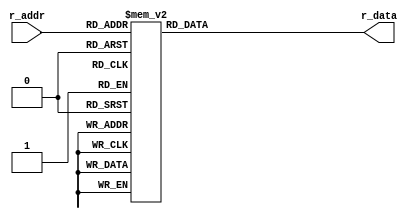
module async_rom_case
  ( input wire [7:0] r_addr,
	 output reg [28:0] r_data
	);

//body
always @*
  case (r_addr)
     8'h00 : r_data = 29'b00000000100001000000010110101; //FETCH
	  8'h01 : r_data = 29'b00000000000001000000010000000;
	  8'h02 : r_data = 29'b01100000000010000000010000000;
	  8'h03 : r_data = 29'b00000000000000100000010000000;
	  8'h04 : r_data = 29'b00000000000000010001011000000;
	  8'h05 : r_data = 29'b00000000000000101000010000000;
	  8'h06 : r_data = 29'b01100000100110000010010000000;
	  8'h07 : r_data = 29'b00010010000010000001111000000;
	  8'h08 : r_data = 29'b10000001111110000001111000000; // MOV ACC,A
	  8'h09 : r_data = 29'b00000000000000000000000000000;
	  8'h0a : r_data = 29'b00000000000000000000000000000;
	  8'h0b : r_data = 29'b00000000000000000000000000000;
	  8'h0c : r_data = 29'b00000000000000000000000000000;
	  8'h0d : r_data = 29'b00000000000000000000000000000;
	  8'h0e : r_data = 29'b00000000000000000000000000000;
	  8'h0f : r_data = 29'b00000000000000000000000000000;
	  8'h10 : r_data = 29'b10000011101110000001111000000; // MOV A, ACC
	  8'h11 : r_data = 29'b00000000000000000000000000000;
	  8'h12 : r_data = 29'b00000000000000000000000000000;
	  8'h13 : r_data = 29'b00000000000000000000000000000;
	  8'h14 : r_data = 29'b00000000000000000000000000000;
	  8'h15 : r_data = 29'b00000000000000000000000000000;
	  8'h16 : r_data = 29'b00000000000000000000000000000;
	  8'h17 : r_data = 29'b00000000000000000000000000000;
	  8'h18 : r_data = 29'b00000000000001000000010000000; // MOV ACC, CTE
	  8'h19 : r_data = 29'b01100000000010000000010000000;
	  8'h1a : r_data = 29'b00000000000000100000010000000;
	  8'h1b : r_data = 29'b00000000011110010001111000000;
	  8'h1c : r_data = 29'b00000000000000000000000000000;
	  8'h1d : r_data = 29'b00000000000000000000000000000;
	  8'h1e : r_data = 29'b00000000000000000000000000000;
	  8'h1f : r_data = 29'b00000000000000000000000000000;
	  8'h20 : r_data = 29'b00000001000001000000010000000; // MOV ACC, [DPTR]
	  8'h21 : r_data = 29'b00000000000000000000010000000;
	  8'h22 : r_data = 29'b00000000000000100000010000000;
	  8'h23 : r_data = 29'b00000000011110010001111000000;
	  8'h24 : r_data = 29'b00000000000000000000000000000;
	  8'h25 : r_data = 29'b00000000000000000000000000000;
	  8'h26 : r_data = 29'b00000000000000000000000000000;
	  8'h27 : r_data = 29'b00000000000000000000000000000;
	  8'h28 : r_data = 29'b10000011101010000001111000000; // MOV DPTR, ACC
	  8'h29 : r_data = 29'b00000000000000000000000000000;
	  8'h2a : r_data = 29'b00000000000000000000000000000;
	  8'h2b : r_data = 29'b00000000000000000000000000000;
	  8'h2c : r_data = 29'b00000000000000000000000000000;
	  8'h2d : r_data = 29'b00000000000000000000000000000;
	  8'h2e : r_data = 29'b00000000000000000000000000000;
	  8'h2f : r_data = 29'b00000000000000000000000000000;
	  8'h30 : r_data = 29'b10000001000001000000010000000; // MOV [DPTR], ACC
	  8'h31 : r_data = 29'b10000011100000100000010000000;
	  8'h32 : r_data = 29'b10000000000000000011111000000;
	  8'h33 : r_data = 29'b00000000000000000000000000000;
	  8'h34 : r_data = 29'b00000000000000000000000000000;
	  8'h35 : r_data = 29'b00000000000000000000000000000;
	  8'h36 : r_data = 29'b00000000000000000000000000000;
	  8'h37 : r_data = 29'b00000000000000000000000000000;
	  8'h38 : r_data = 29'b10010011111110000001111000000; // INV ACC
	  8'h39 : r_data = 29'b00000000000000000000000000000;
	  8'h3a : r_data = 29'b00000000000000000000000000000;
	  8'h3b : r_data = 29'b00000000000000000000000000000;
	  8'h3c : r_data = 29'b00000000000000000000000000000;
	  8'h3d : r_data = 29'b00000000000000000000000000000;
	  8'h3e : r_data = 29'b00000000000000000000000000000;
	  8'h3f : r_data = 29'b00000000000000000000000000000;
	  8'h40 : r_data = 29'b10100001111110000001111000000; // AND ACC, A
	  8'h41 : r_data = 29'b00000000000000000000000000000;
	  8'h42 : r_data = 29'b00000000000000000000000000000;
	  8'h43 : r_data = 29'b00000000000000000000000000000;
	  8'h44 : r_data = 29'b00000000000000000000000000000;
	  8'h45 : r_data = 29'b00000000000000000000000000000;
	  8'h46 : r_data = 29'b00000000000000000000000000000;
	  8'h47 : r_data = 29'b00000000000000000000000000000;
	  8'h48 : r_data = 29'b11010001111110000001111000000; // ADD ACC, A
	  8'h49 : r_data = 29'b00000000000000000000000000000;
	  8'h4a : r_data = 29'b00000000000000000000000000000;
	  8'h4b : r_data = 29'b00000000000000000000000000000;
	  8'h4c : r_data = 29'b00000000000000000000000000000;
	  8'h4d : r_data = 29'b00000000000000000000000000000;
	  8'h4e : r_data = 29'b00000000000000000000000000000;
	  8'h4f : r_data = 29'b00000000000000000000000000000;
	  8'h50 : r_data = 29'b00000000000001000000010001010; // JMP CTE
	  8'h51 : r_data = 29'b01100000000010000001111000000;
	  8'h52 : r_data = 29'b00000000000000000000010000000;
	  8'h53 : r_data = 29'b00000000000000100000010000000;
	  8'h54 : r_data = 29'b00000000000010010001111000000;
	  8'h55 : r_data = 29'b00000000000000000000000000000;
	  8'h56 : r_data = 29'b00000000000000000000000000000;
	  8'h57 : r_data = 29'b00000000000000000000000000000;
	  8'h58 : r_data = 29'b00000000000001000000010010010; // JZ CTE
	  8'h59 : r_data = 29'b01100000000010000001111000000;
	  8'h5a : r_data = 29'b00000000000000000000010000000;
	  8'h5b : r_data = 29'b00000000000000100000010000000;
	  8'h5c : r_data = 29'b00000000000010010001111000000;
	  8'h5d : r_data = 29'b00000000000000000000000000000;
	  8'h5e : r_data = 29'b00000000000000000000000000000;
	  8'h5f : r_data = 29'b00000000000000000000000000000;
	  8'h60 : r_data = 29'b00000000000001000000010011010; // JN CTE
	  8'h61 : r_data = 29'b01100000000010000001111000000;
	  8'h62 : r_data = 29'b00000000000000000000010000000;
	  8'h63 : r_data = 29'b00000000000000100000010000000;
	  8'h64 : r_data = 29'b00000000000010010001111000000;
	  8'h65 : r_data = 29'b00000000000000000000000000000;
	  8'h66 : r_data = 29'b00000000000000000000000000000;
	  8'h67 : r_data = 29'b00000000000000000000000000000;
	  8'h68 : r_data = 29'b00000000000001000000010100010; // JC CTE
	  8'h69 : r_data = 29'b01100000000010000001111000000;
	  8'h6a : r_data = 29'b00000000000000000000010000000;
	  8'h6b : r_data = 29'b00000000000000100000010000000;
	  8'h6c : r_data = 29'b00000000000010010001111000000;
	  8'h6d : r_data = 29'b00000000000000000000000000000;
	  8'h6e : r_data = 29'b00000000000000000000000000000;
	  8'h6f : r_data = 29'b00000000000000000000000000000;
	  8'h70 : r_data = 29'b00000000000001000000010000000; // CALL DIR
	  8'h71 : r_data = 29'b00000000000000100000010000000;
	  8'h72 : r_data = 29'b00000000010110010000010000000;
	  8'h73 : r_data = 29'b01100000000000100000010000000;
	  8'h74 : r_data = 29'b00000000100001000010010000000;
	  8'h75 : r_data = 29'b00000000000000000000000000000; // revisar
	  8'h76 : r_data = 29'b00000010100010000001111000000;
	  8'h77 : r_data = 29'b00000000000000000000000000000;
	  8'h78 : r_data = 29'b01100000100111000000010000000; // RET
	  8'h79 : r_data = 29'b00000000000000000000010000000;
	  8'h7a : r_data = 29'b00000000000000100000010000000;
	  8'h7b : r_data = 29'b00000000000010010001111000000;
	  8'h7c : r_data = 29'b00000000000000000000000000000;
	  8'h7d : r_data = 29'b00000000000000000000000000000;
	  8'h7e : r_data = 29'b00000000000000000000000000000;
	  8'h7f : r_data = 29'b00000000000000000000000000000;
	  8'h80 : r_data = 29'b00000000000000000000000000000;
	  8'h81 : r_data = 29'b00000000000000000000000000000;
	  8'h82 : r_data = 29'b00000000000000000000000000000;
	  8'h83 : r_data = 29'b00000000000000000000000000000;
	  8'h84 : r_data = 29'b00000000000000000000000000000;
	  8'h85 : r_data = 29'b00000000000000000000000000000;
	  8'h86 : r_data = 29'b00000000000000000000000000000;
	  8'h87 : r_data = 29'b00000000000000000000000000000;
	  8'h88 : r_data = 29'b11110011111110000001111000000; // CA2 ACC
	  8'h89 : r_data = 29'b00000000000000000000000000000;
	  8'h8a : r_data = 29'b00000000000000000000000000000;
	  8'h8b : r_data = 29'b00000000000000000000000000000;
	  8'h8c : r_data = 29'b00000000000000000000000000000;
	  8'h8d : r_data = 29'b00000000000000000000000000000;
	  8'h8e : r_data = 29'b00000000000000000000000000000;
	  8'h8f : r_data = 29'b00000000000000000000000000000;
	  8'h90 : r_data = 29'b10000111111110000001111000000; // SLR ACC
	  8'h91 : r_data = 29'b00000000000000000000000000000;
	  8'h92 : r_data = 29'b00000000000000000000000000000;
	  8'h93 : r_data = 29'b00000000000000000000000000000;
	  8'h94 : r_data = 29'b00000000000000000000000000000;
	  8'h95 : r_data = 29'b00000000000000000000000000000;
	  8'h96 : r_data = 29'b00000000000000000000000000000;
	  8'h97 : r_data = 29'b00000000000000000000000000000;
	  8'h98 : r_data = 29'b10110001111110000001111000000; // OR ACC, A
	  8'h99 : r_data = 29'b00000000000000000000000000000;
	  8'h9a : r_data = 29'b00000000000000000000000000000;
	  8'h9b : r_data = 29'b00000000000000000000000000000;
	  8'h9c : r_data = 29'b00000000000000000000000000000;
	  8'h9d : r_data = 29'b00000000000000000000000000000;
	  8'h9e : r_data = 29'b00000000000000000000000000000;
	  8'h9f : r_data = 29'b00000000000000000000000000000;
	  8'ha0 : r_data = 29'b00000000000000000000000000000;
	  8'ha1 : r_data = 29'b00000000000000000000000000000;
	  8'ha2 : r_data = 29'b00000000000000000000000000000;
	  8'ha3 : r_data = 29'b00000000000000000000000000000;
	  8'ha4 : r_data = 29'b00000000000000000000000000000;
	  8'ha5 : r_data = 29'b00000000000000000000000000000;
	  8'ha6 : r_data = 29'b00000000000000000000000000000;
	  8'ha7 : r_data = 29'b00000000000000000000000000000;
	  8'ha8 : r_data = 29'b00000000000000000000000000000;
	  8'ha9 : r_data = 29'b00000000000000000000000000000;
	  8'haa : r_data = 29'b00000000000000000000000000000;
	  8'hab : r_data = 29'b00000000000000000000000000000;
	  8'hac : r_data = 29'b00000000000000000000000000000;
	  8'had : r_data = 29'b00000000000000000000000000000;
	  8'hae : r_data = 29'b00000000000000000000000000000;
	  8'haf : r_data = 29'b00000000000000000000000000000;
	  8'hb0 : r_data = 29'b00000000000000000000000000000;
	  8'hb1 : r_data = 29'b00000000000000000000000000000;
	  8'hb2 : r_data = 29'b00000000000000000000000000000;
	  8'hb3 : r_data = 29'b00000000000000000000000000000;
	  8'hb4 : r_data = 29'b00000000000000000000000000000;
	  8'hb5 : r_data = 29'b00000000000000000000000000000;
	  8'hb6 : r_data = 29'b00000000000000000000000000000;
	  8'hb7 : r_data = 29'b00000000000000000000000000000;
	  8'hb8 : r_data = 29'b00000000000000000000000000000;
	  8'hb9 : r_data = 29'b00000000000000000000000000000;
	  8'hba : r_data = 29'b00000000000000000000000000000;
	  8'hbb : r_data = 29'b00000000000000000000000000000;
	  8'hbc : r_data = 29'b00000000000000000000000000000;
	  8'hbd : r_data = 29'b00000000000000000000000000000;
	  8'hbe : r_data = 29'b00000000000000000000000000000;
	  8'hbf : r_data = 29'b00000000000000000000000000000;
	  8'hc0 : r_data = 29'b00000000000000000000000000000;
	  8'hc1 : r_data = 29'b00000000000000000000000000000;
	  8'hc2 : r_data = 29'b00000000000000000000000000000;
	  8'hc3 : r_data = 29'b00000000000000000000000000000;
	  8'hc4 : r_data = 29'b00000000000000000000000000000;
	  8'hc5 : r_data = 29'b00000000000000000000000000000;
	  8'hc6 : r_data = 29'b00000000000000000000000000000;
	  8'hc7 : r_data = 29'b00000000000000000000000000000;
	  8'hc8 : r_data = 29'b00000000000000000000000000000;
	  8'hc9 : r_data = 29'b00000000000000000000000000000;
	  8'hca : r_data = 29'b00000000000000000000000000000;
	  8'hcb : r_data = 29'b00000000000000000000000000000;
	  8'hcc : r_data = 29'b00000000000000000000000000000;
	  8'hcd : r_data = 29'b00000000000000000000000000000;
	  8'hce : r_data = 29'b00000000000000000000000000000;
	  8'hcf : r_data = 29'b00000000000000000000000000000;
	  8'hd0 : r_data = 29'b00000000000000000000000000000;
	  8'hd1 : r_data = 29'b00000000000000000000000000000;
	  8'hd2 : r_data = 29'b00000000000000000000000000000;
	  8'hd3 : r_data = 29'b00000000000000000000000000000;
	  8'hd4 : r_data = 29'b00000000000000000000000000000;
	  8'hd5 : r_data = 29'b00000000000000000000000000000;
	  8'hd6 : r_data = 29'b00000000000000000000000000000;
	  8'hd7 : r_data = 29'b00000000000000000000000000000;
	  8'hd8 : r_data = 29'b00000000000000000000000000000;
	  8'hd9 : r_data = 29'b00000000000000000000000000000;
	  8'hda : r_data = 29'b00000000000000000000000000000;
	  8'hdb : r_data = 29'b00000000000000000000000000000;
	  8'hdc : r_data = 29'b00000000000000000000000000000;
	  8'hdd : r_data = 29'b00000000000000000000000000000;
	  8'hde : r_data = 29'b00000000000000000000000000000;
	  8'hdf : r_data = 29'b00000000000000000000000000000;
	  8'he0 : r_data = 29'b00000000000000000000000000000;
	  8'he1 : r_data = 29'b00000000000000000000000000000;
	  8'he2 : r_data = 29'b00000000000000000000000000000;
	  8'he3 : r_data = 29'b00000000000000000000000000000;
	  8'he4 : r_data = 29'b00000000000000000000000000000;
	  8'he5 : r_data = 29'b00000000000000000000000000000;
	  8'he6 : r_data = 29'b00000000000000000000000000000;
	  8'he7 : r_data = 29'b00000000000000000000000000000;
	  8'he8 : r_data = 29'b00000000000000000000000000000;
	  8'he9 : r_data = 29'b00000000000000000000000000000;
	  8'hea : r_data = 29'b00000000000000000000000000000;
	  8'heb : r_data = 29'b00000000000000000000000000000;
	  8'hec : r_data = 29'b00000000000000000000000000000;
	  8'hed : r_data = 29'b00000000000000000000000000000;
	  8'hee : r_data = 29'b00000000000000000000000000000;
	  8'hef : r_data = 29'b00000000000000000000000000000;
	  8'hf0 : r_data = 29'b00000000000000000000000000000;
	  8'hf1 : r_data = 29'b00000000000000000000000000000;
	  8'hf2 : r_data = 29'b00000000000000000000000000000;
	  8'hf3 : r_data = 29'b00000000000000000000000000000;
	  8'hf4 : r_data = 29'b00000000000000000000000000000;
	  8'hf5 : r_data = 29'b00000000000000000000000000000;
	  8'hf6 : r_data = 29'b00000000000000000000000000000;
	  8'hf7 : r_data = 29'b00000000000000000000000000000;
	  8'hf8 : r_data = 29'b00000000000000000000000000000;
	  8'hf9 : r_data = 29'b00000000000000000000000000000;
	  8'hfa : r_data = 29'b00000000000000000000000000000;
	  8'hfb : r_data = 29'b00000000000000000000000000000;
	  8'hfc : r_data = 29'b00000000000000000000000000000;
	  8'hfd : r_data = 29'b00000000000000000000000000000;
	  8'hfe : r_data = 29'b00000000000000000000000000000;
	  8'hff : r_data = 29'b00000000000000000000000000000;
	  default : r_data = 29'b00000000000000000000000000000;
	 endcase

endmodule